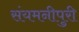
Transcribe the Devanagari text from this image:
संयमनीपुरी